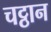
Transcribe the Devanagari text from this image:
चट्ठान